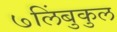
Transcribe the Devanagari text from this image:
७लिंबुकुल